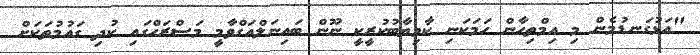
"އަޅުގަނޑުމެން މި އިމްތިހާން ހަމަކަނި ކާމިޔާބުކުރީކީ ނޫން ބައިނަލްއަގްވާމީ މަސްރަހްގައި ކުދި ގައުމުތަކަށް